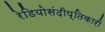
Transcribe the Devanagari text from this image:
रेडियोसंदीप्तिकारी